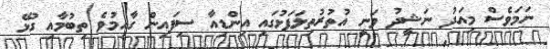
ނަމަވެސް މިއަދު ނަޝީދު ވަނީ އުތުރުތިލަފަޅުގައި އިންޑިއާ ސިފައިން ގާއިމުވެ ތިބުމާއި ގުޅޭ